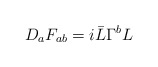
\begin{align*}D_aF_{ab} = i\bar{L}\Gamma^bL\end{align*}